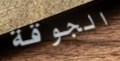
الجوقة